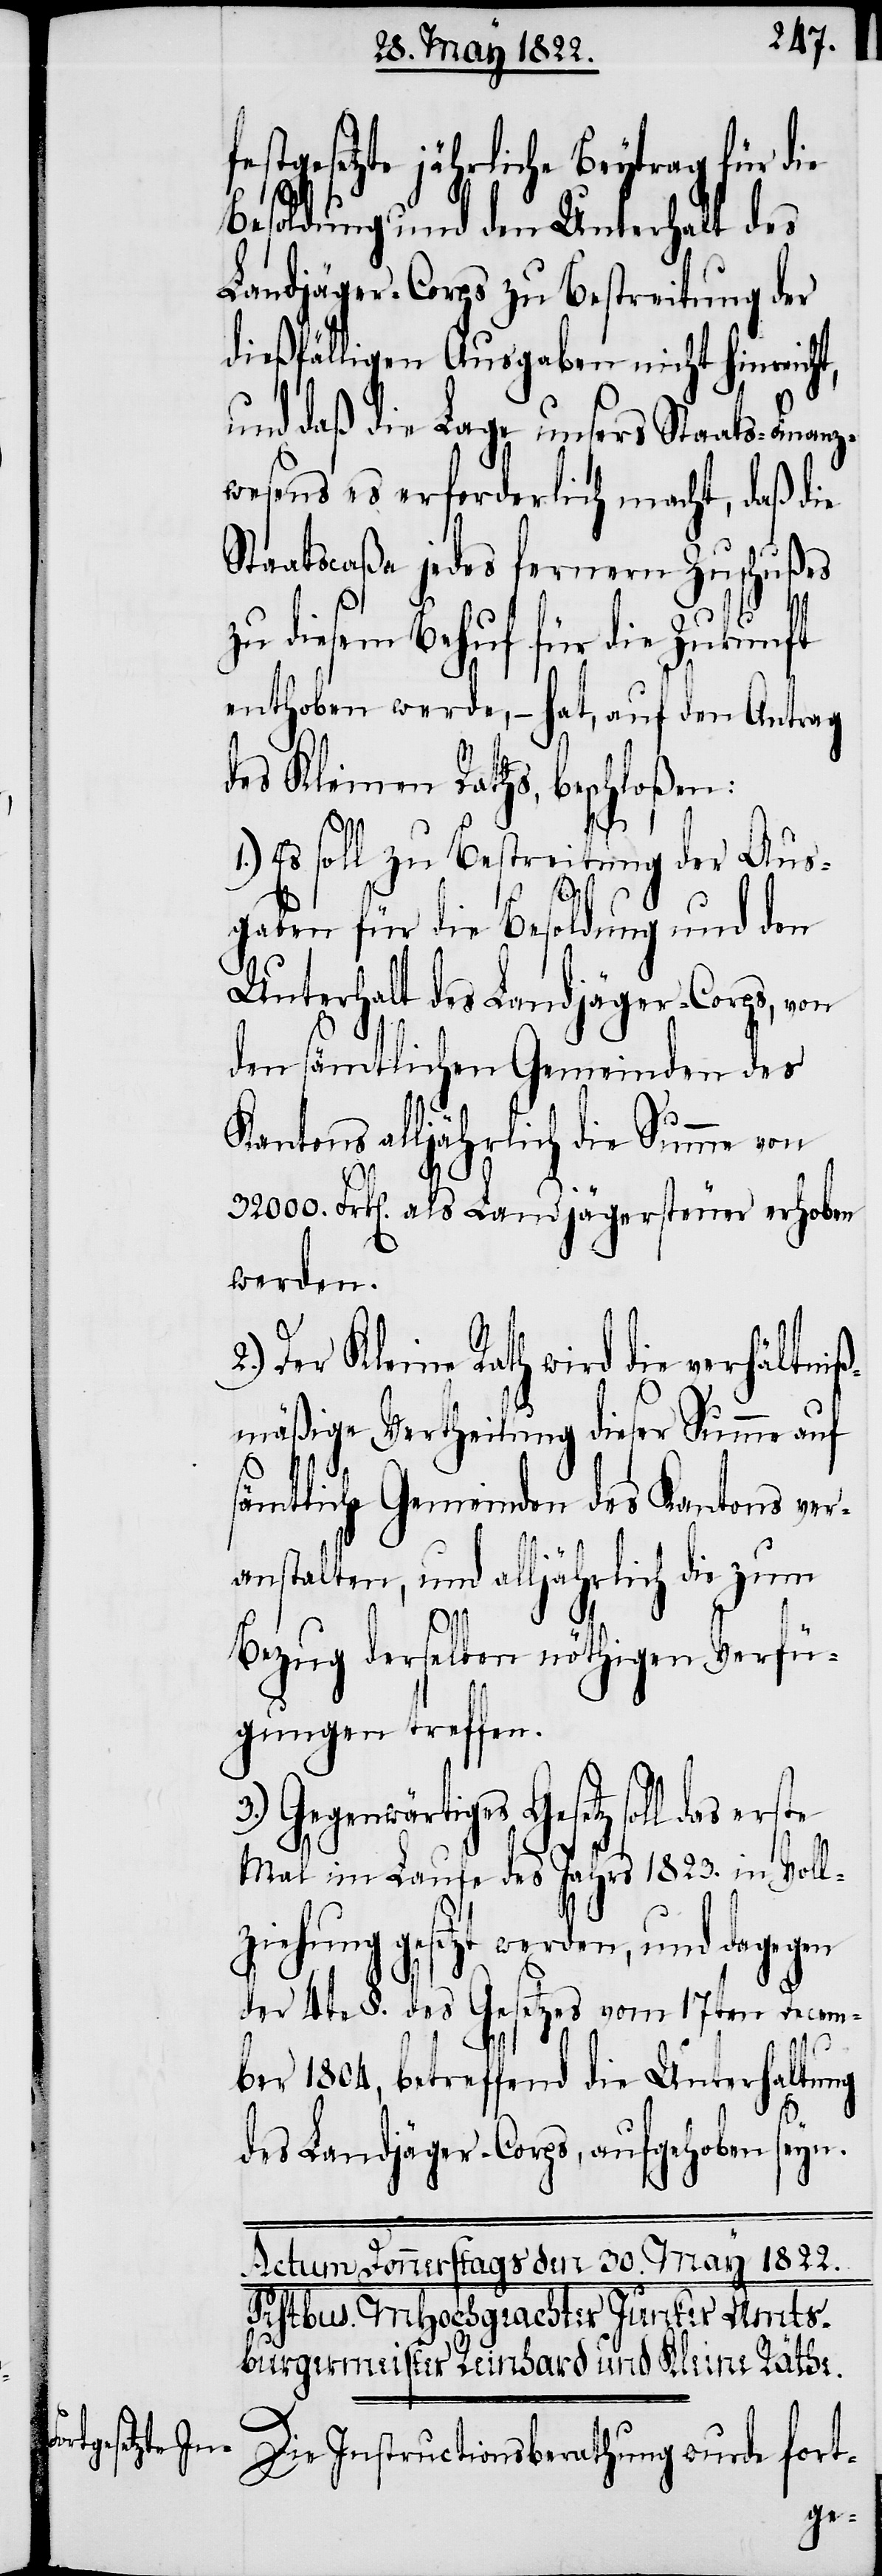
gesetzte jährliche Beytrag für die
Besoldung und den Unterhalt des
Landjäger-Corps zu Bestreitung der
dießfälligen Ausgaben nicht hinreicht,
und daß die Lage unsers Staats-Finan¬
zwesens es erforderlich macht, daß die
Staatscaßa jedes fernern Zuschußes
zu diesem Behuf für die Zukunft
enthoben werde, – hat, auf den Antrag
des Kleinen Raths, beschloßen:
3.)
1) Es soll zu Bestreitung der Aus¬
gaben für die Besoldung und den
Unterhalt des Landjäger-Corps, von
den sämtlichen Gemeinden des
Kantons alljährlich die Summe von
32000. Frk[en]. als Landjägersteuer erhoben
werden.
Der Kleine Rath wird die verhältniß¬
mäßige Vertheilung dieser Summe auf
sämtliche Gemeinden des Kantons ver¬
anstalten, und alljährlich die zum
rste
Bezug derselben nöthigen Verfü¬
gungen treffen.
Gegenwärtiges Gesetz soll das e¬
Mal im Laufe des Jahrs 1823 .in Voll¬
ziehung gesetzt werden, und dagegen
der 4te §. des Gesetzes vom 17ten Decem¬
ber 1804, betreffend die Unterhaltung
des Landjäger-Corps, aufgehoben seyn.
Die Instructionsberathung wurde fort-